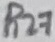
Text: R27